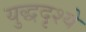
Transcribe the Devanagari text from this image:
युद्धदृश्ये